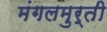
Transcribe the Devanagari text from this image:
मंगलमुर्ती